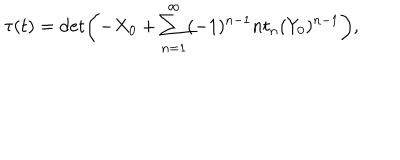
\tau ( t ) = \det \biggl ( - X _ { 0 } + \sum _ { n = 1 } ^ { \infty } ( - 1 ) ^ { n - 1 } n t _ { n } ( Y _ { 0 } ) ^ { n - 1 } \biggr ) ,